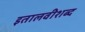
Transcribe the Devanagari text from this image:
इतालवीशब्द